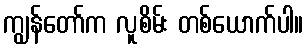
ကျွန်တော်က လူစိမ်း တစ်ယောက်ပါ။